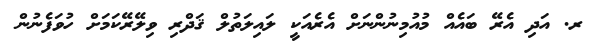
ރ. އަދި އެރޭ ބައެއް މުއުމިނުންނަށް އެރެއަކީ ލައިލަތުލް ޤަދްރި ވިލޭރޭކަމަށް ހުވަފެނުން